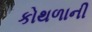
કોથળાની